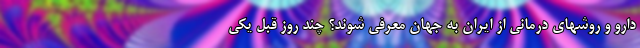
دارو و روشهای درمانی از ایران به جهان معرفی شوند؟ چند روز قبل یکی